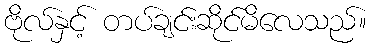
ဗိုလ်နှင့် တပ်ချင်းဆိုင်မိလေသည်။